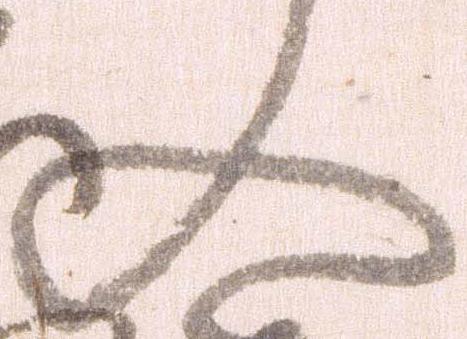
入